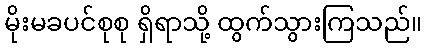
မိုးမခပင်စုစု ရှိရာသို့ ထွက်သွားကြသည်။